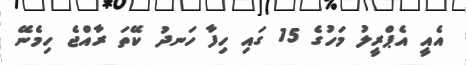
އެއީ އެޕްރީލު މަހުގެ 15 ގައި ހިފާ ހަނދު ކޭތަ ރާއްޖެ ހިމެނޭ